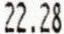
22.28